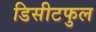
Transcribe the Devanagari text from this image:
डिसीटफुल